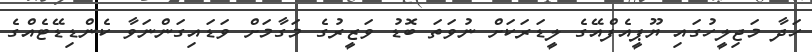
ހަދާ މަޖިލީހުގައި ޔޫޕީއެފްއޭގެ ލީޑަރަކަށް ނުވަތަ ބޮޑު ވަޒީރުގެ މަގާމަށް ވަޑައިގަންނަވާ ކެންޑިޑޭޓެއްގެ